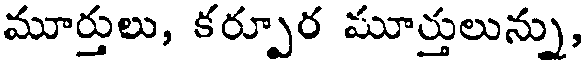
మూర్తులు, కర్పూర మూర్తులున్ను,